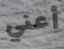
أعني